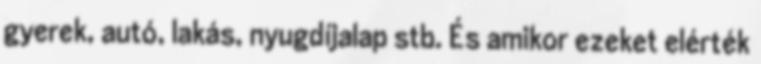
gyerek, autó, lakás, nyugdíjalap stb. És amikor ezeket elérték